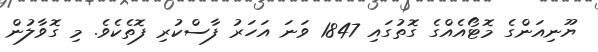
ޔޫނިއަންގެ މޮޓޯއެއްގެ ގޮތުގައި 1847 ވަނަ އަހަރު ފާސްކުރި ފޮތެކެވެ. މި ގޮވާލުން